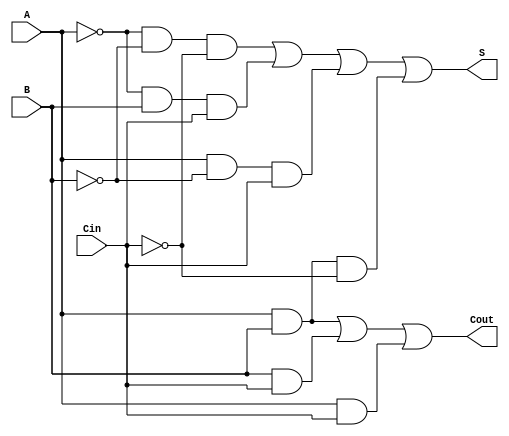
module Negative_Circuit_Full_Adder (
    input wire A,      // First input bit (negative logic)
    input wire B,      // Second input bit (negative logic)
    input wire Cin,    // Carry-in bit (negative logic)
    output wire S,     // Sum output bit (negative logic)
    output wire Cout    // Carry-out output bit (negative logic)
);

    // Internal signals for inverted inputs
    wire A_n, B_n, Cin_n;

    // Invert the inputs for negative logic
    not (A_n, A);
    not (B_n, B);
    not (Cin_n, Cin);

    // Sum output (S) using the derived expression
    wire term1, term2, term3, term4;
    and (term1, A_n, B_n, Cin_n); // A'B'C'
    and (term2, A_n, B, Cin);      // A'BC
    and (term3, A, B_n, Cin);      // AB'C
    and (term4, A, B, Cin_n);      // AB'C'

    or (S, term1, term2, term3, term4); // S = A'B'C' + A'BC + AB'C + AB'C'

    // Carry-out output (Cout) using the derived expression
    wire term5, term6, term7;
    and (term5, A, B);          // AB
    and (term6, B, Cin);        // BC
    and (term7, A, Cin);        // AC

    or (Cout, term5, term6, term7); // Cout = AB + BC + AC

endmodule